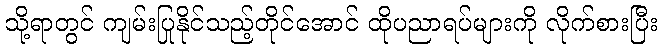
သို့ရာတွင် ကျမ်းပြုနိုင်သည့်တိုင်အောင် ထိုပညာရပ်များကို လိုက်စားပြီး